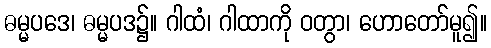
ဓမ္မပဒေ၊ ဓမ္မပဒ၌။ ဂါထံ၊ ဂါထာကို ဝတွာ၊ ဟောတော်မူ၍။